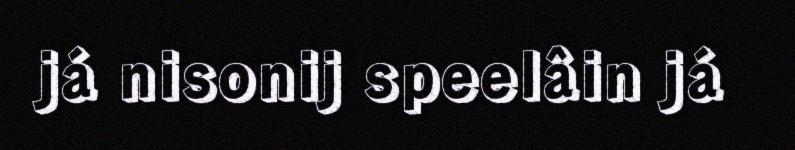
já nisonij speelâin já